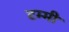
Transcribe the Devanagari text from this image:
टम्मी